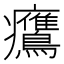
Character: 𤼡